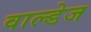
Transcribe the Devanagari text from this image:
वाल्डेज